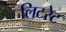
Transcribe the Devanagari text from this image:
लिटरेट